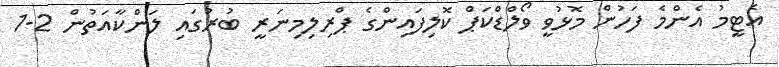
އެޓީމު އެންމެ ފަހުން މޮޅުވީ ވޯލްޑްކަޕް ކޮލިފައިންގެ ޕްރިލިމިނަރީ ބުރުގައި ލަންކާއަތުން 2-1